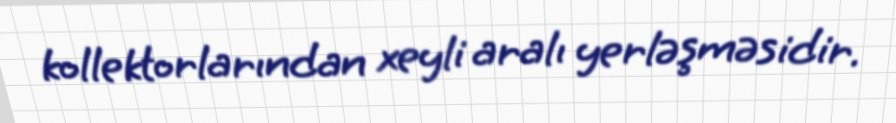
kollektorlarından xeyli aralı yerləşməsidir.